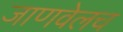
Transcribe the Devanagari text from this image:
जाणवेलच